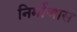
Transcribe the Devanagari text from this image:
निर्माणास